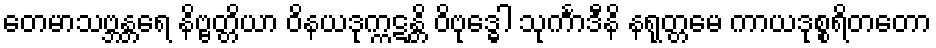
တေမာသဗ္ဘန္တရေ နိဗ္ဗတ္တိယာ ဝိနယဒုက္ကဋန္တိ ဝိဗုဒ္ဓေါ သုင်္ကာဒီနိ နရုတ္တမေ ကာယဒုစ္စရိတတော